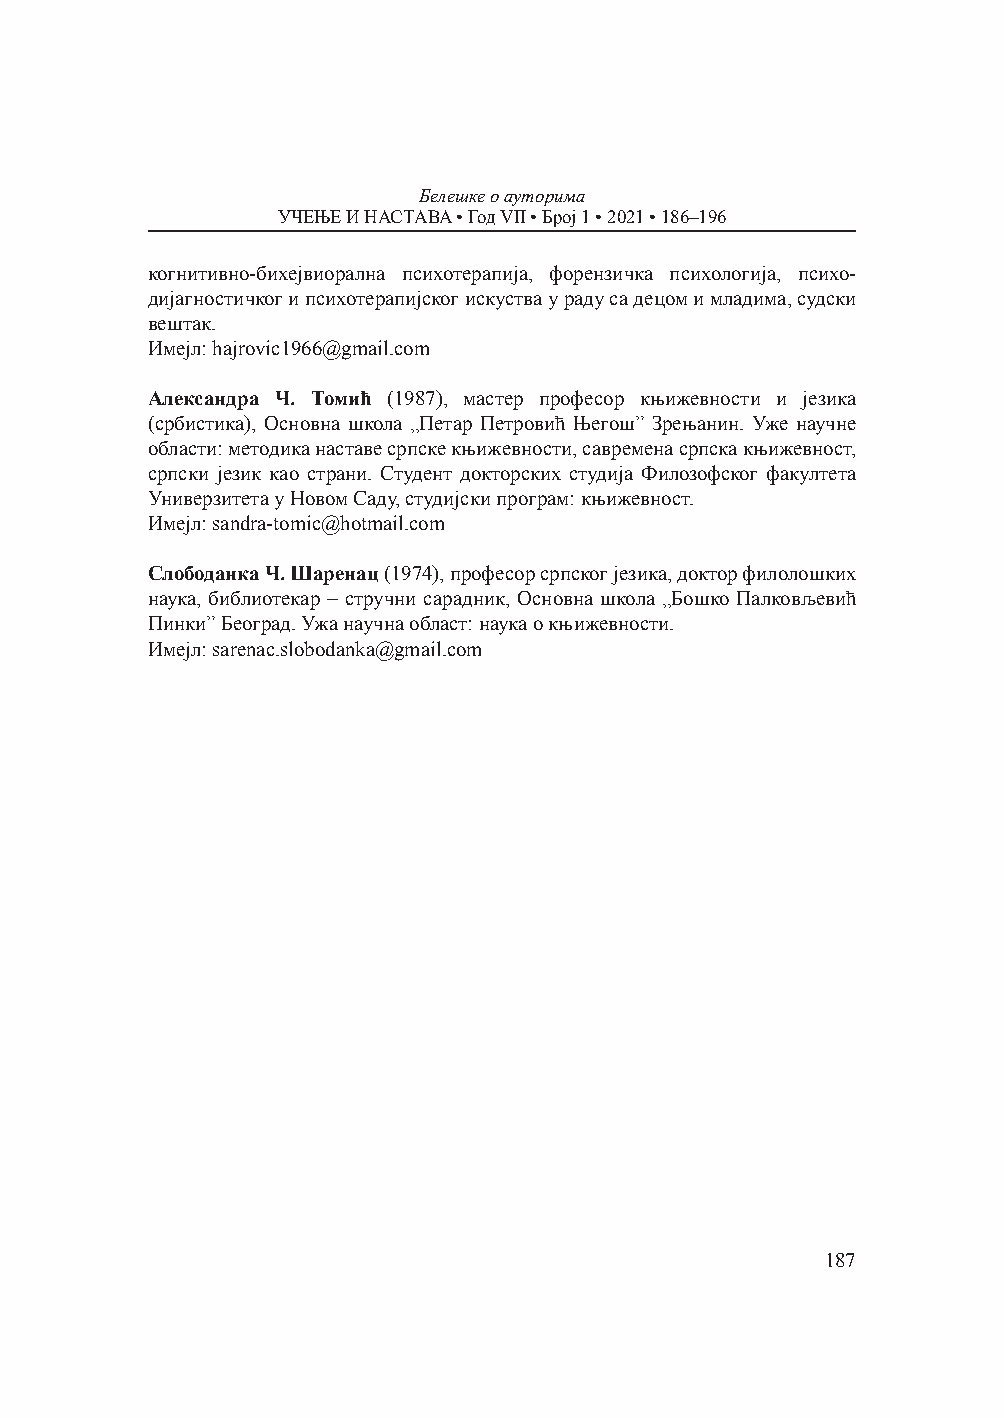
Белешке о ауторима
 УЧЕЊЕ И НАСТАВА • Год VII • Број 1 • 2021 • 186–196
 когнитивно-бихејвиорална психотерапија, форензичка психологија, психо-
 дијагностичког и психотерапијског искуства у раду са децом и младима, судски
 вештак.
 Имејл: hajrovic1966@gmail.com
 Александра Ч. Томић (1987), мастер професор књижевности и језика
 (србистика), Основна школа „Петар Петровић Његош” Зрењанин. Уже научне
 области: методика наставе српске књижевности, савремена српска књижевност,
 српски језик као страни. Студент докторских студија Филозофског факултета
 Универзитета у Новом Саду, студијски програм: књижевност.
 Имејл: sandra-tomic@hotmail.com
 Слободанка Ч. Шаренац (1974), професор српског језика, доктор филолошких
 наука, библиотекар – стручни сарадник, Основна школа „Бошко Палковљевић
 Пинки” Београд. Ужа научна област: наука о књижевности.
 Имејл: sarenac.slobodanka@gmail.com
 187